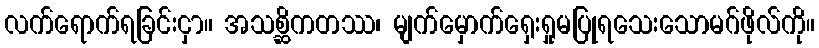
လက်ရောက်ရခြင်းငှာ။ အသစ္ဆိကတဿ၊ မျက်မှောက်ရှေးရှုမပြုရသေးသောမဂ်ဖိုလ်ကို။